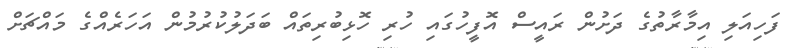
ފަހިއަލި އިމާރާތުގެ ދަށުން ރައީސް އޮފީހުގައި ހުރި ހޮޅިބުރިތައް ބަދަލުކުރުމުން އަހަރެއްގެ މައްޗަށް